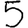
Digit: 5